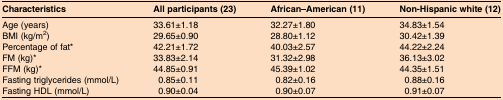
| Characteristics | All participants (23) | African–American (11) | Non-Hispanic white (12) |
 | --- | --- | --- | --- |
 | Age (years) | 33.61±1.18 | 32.27±1.80 | 34.83±1.54 |
 | BMI (kg/m2) | 29.65±0.90 | 28.80±1.12 | 30.42±1.39 |
 | Percentage of fat* | 42.21±1.72 | 40.03±2.57 | 44.22±2.24 |
 | FM (kg)* | 33.83±2.14 | 31.32±2.98 | 36.13±3.02 |
 | FFM (kg)* | 44.85±0.91 | 45.39±1.02 | 44.35±1.51 |
 | Fasting triglycerides (mmol/L) | 0.85±0.11 | 0.82±0.16 | 0.88±0.16 |
 | Fasting HDL (mmol/L) | 0.90±0.04 | 0.90±0.07 | 0.91±0.07 |